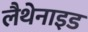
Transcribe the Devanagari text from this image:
लैथेनाइड